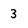
Character: 3